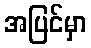
အပြင်မှာ